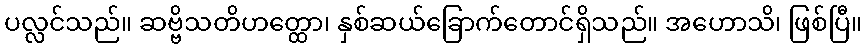
ပလ္လင်သည်။ ဆဗ္ဗိသတိဟတ္ထော၊ နှစ်ဆယ်ခြောက်တောင်ရှိသည်။ အဟောသိ၊ ဖြစ်ပြီ။